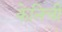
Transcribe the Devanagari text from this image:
केनिची